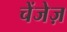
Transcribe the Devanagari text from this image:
चेंजेज़